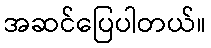
အဆင်ပြေပါတယ်။